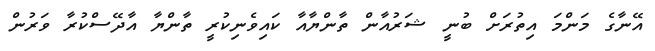
އޭނާގެ މަންމަ އިތުރަށް ބުނީ ޝަރުއާން ތާންޔާއާ ކައިވެނިކުރީ ތާންޔާ އާދޭސްކުރާ ވަރުން